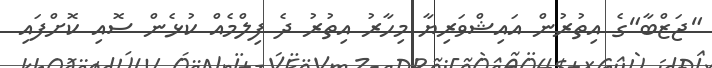
"ޖަޒްބާ"ގެ އިތުރުން އައިޝްވަރިޔާ މިހާރު އިތުރު ދެ ފިލްމެއް ކުޅެން ސޮއި ކޮށްފައި